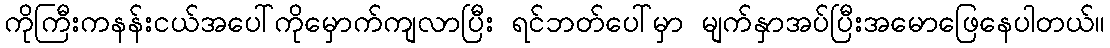
ကိုကြီးကနန်းငယ်အပေါ်ကိုမှောက်ကျလာပြီး ရင်ဘတ်ပေါ်မှာ မျက်နှာအပ်ပြီးအမောဖြေနေပါတယ်။